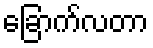
ခြောက်လတာ